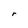
Character: r